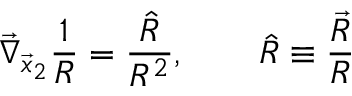
\vec { \nabla } _ { \vec { x } _ { 2 } } \frac { 1 } { R } = \frac { \hat { R } } { R ^ { 2 } } , \qquad \hat { R } \equiv \frac { \vec { R } } { R }